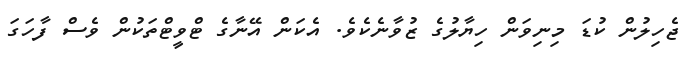
ޖެހިލުން ކުޑަ މިނިވަން ހިޔާލުގެ ޒުވާނެކެވެ. އެކަން އޭނާގެ ޓްވީޓްތަކުން ވެސް ފާހަގަ